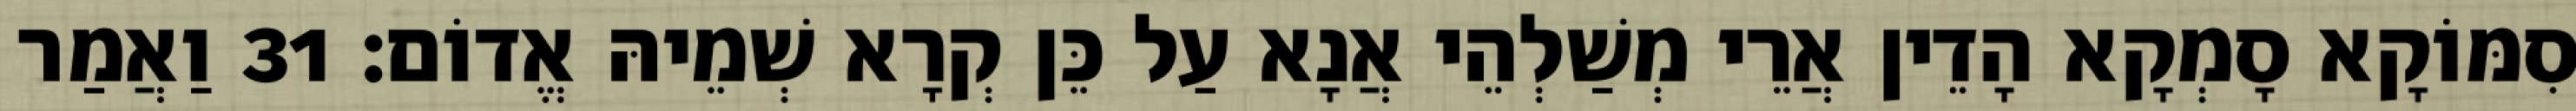
סִמּוֹקָא סָמְקָא הָדֵין אֲרֵי מְשַׁלְהֵי אֲנָא עַל כֵּן קְרָא שְׁמֵיהּ אֱדוֹם׃ 31 וַאֲמַר